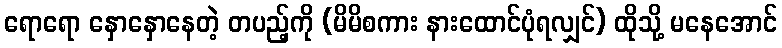
ရောရော နှောနှောနေတဲ့ တပည့်ကို (မိမိစကား နားထောင်ပုံရလျှင်) ထိုသို့ မနေအောင်